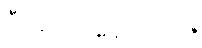
ဒီနေ့ ဘာနေ့ရက်လဲ။